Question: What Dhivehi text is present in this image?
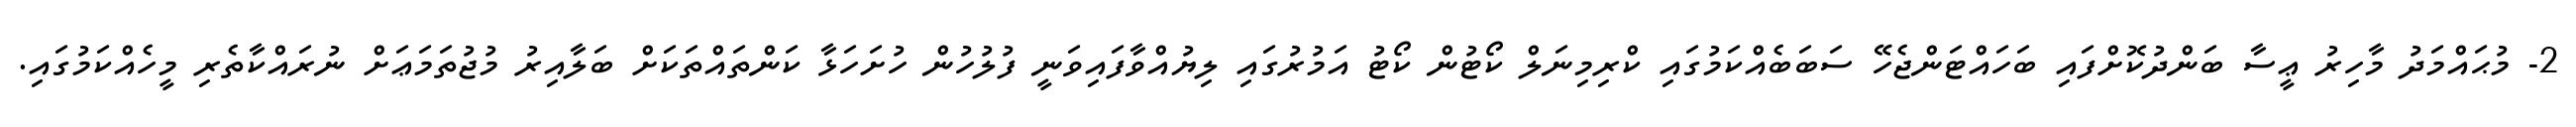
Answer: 2- މުޙައްމަދު މާހިރު ޢީސާ ބަންދުކޮށްފައި ބަހައްޓަންޖެހޭ ސަބަބެއްކަމުގައި ކްރިމިނަލް ކޯޓުން ކޯޓު އަމުރުގައި ލިޔުއްވާފައިވަނީ ފުލުހުން ހުށަހަޅާ ކަންތައްތަކަށް ބަލާއިރު މުޖުތަމަޢަށް ނުރައްކާތެރި މީހެއްކަމުގައި.